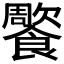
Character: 𩞺